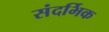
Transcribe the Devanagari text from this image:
संदर्भिक